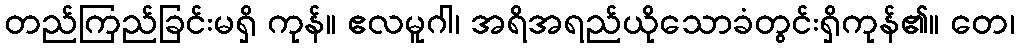
တည်ကြည်ခြင်းမရှိ ကုန်။ ဧလမူဂါ၊ အရိအရည်ယိုသောခံတွင်းရှိကုန်၏။ တေ၊